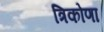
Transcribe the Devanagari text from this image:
त्रिकोणा